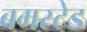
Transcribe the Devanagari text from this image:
बमस्टेड